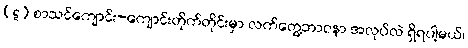
(ဋ) စာသင်ကျောင်း-ကျောင်းတိုက်တိုင်းမှာ လက်တွေ့ဘာဝနာ အလုပ်လဲ ရှိရပါ့မယ်၊